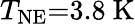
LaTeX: T_{\mathrm{NE}}{=}3.8\ \mathrm{K}